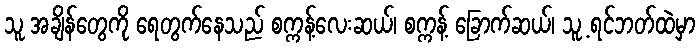
သူ အချိန်တွေကို ရေတွက်နေသည် စက္ကန့်လေးဆယ်၊ စက္ကန့် ခြောက်ဆယ်၊ သူ့ ရင်ဘတ်ထဲမှာ